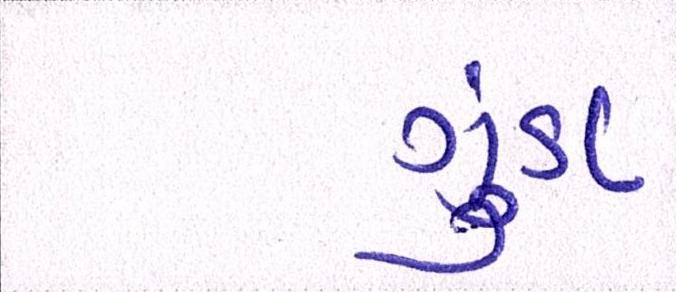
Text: ગુંડા